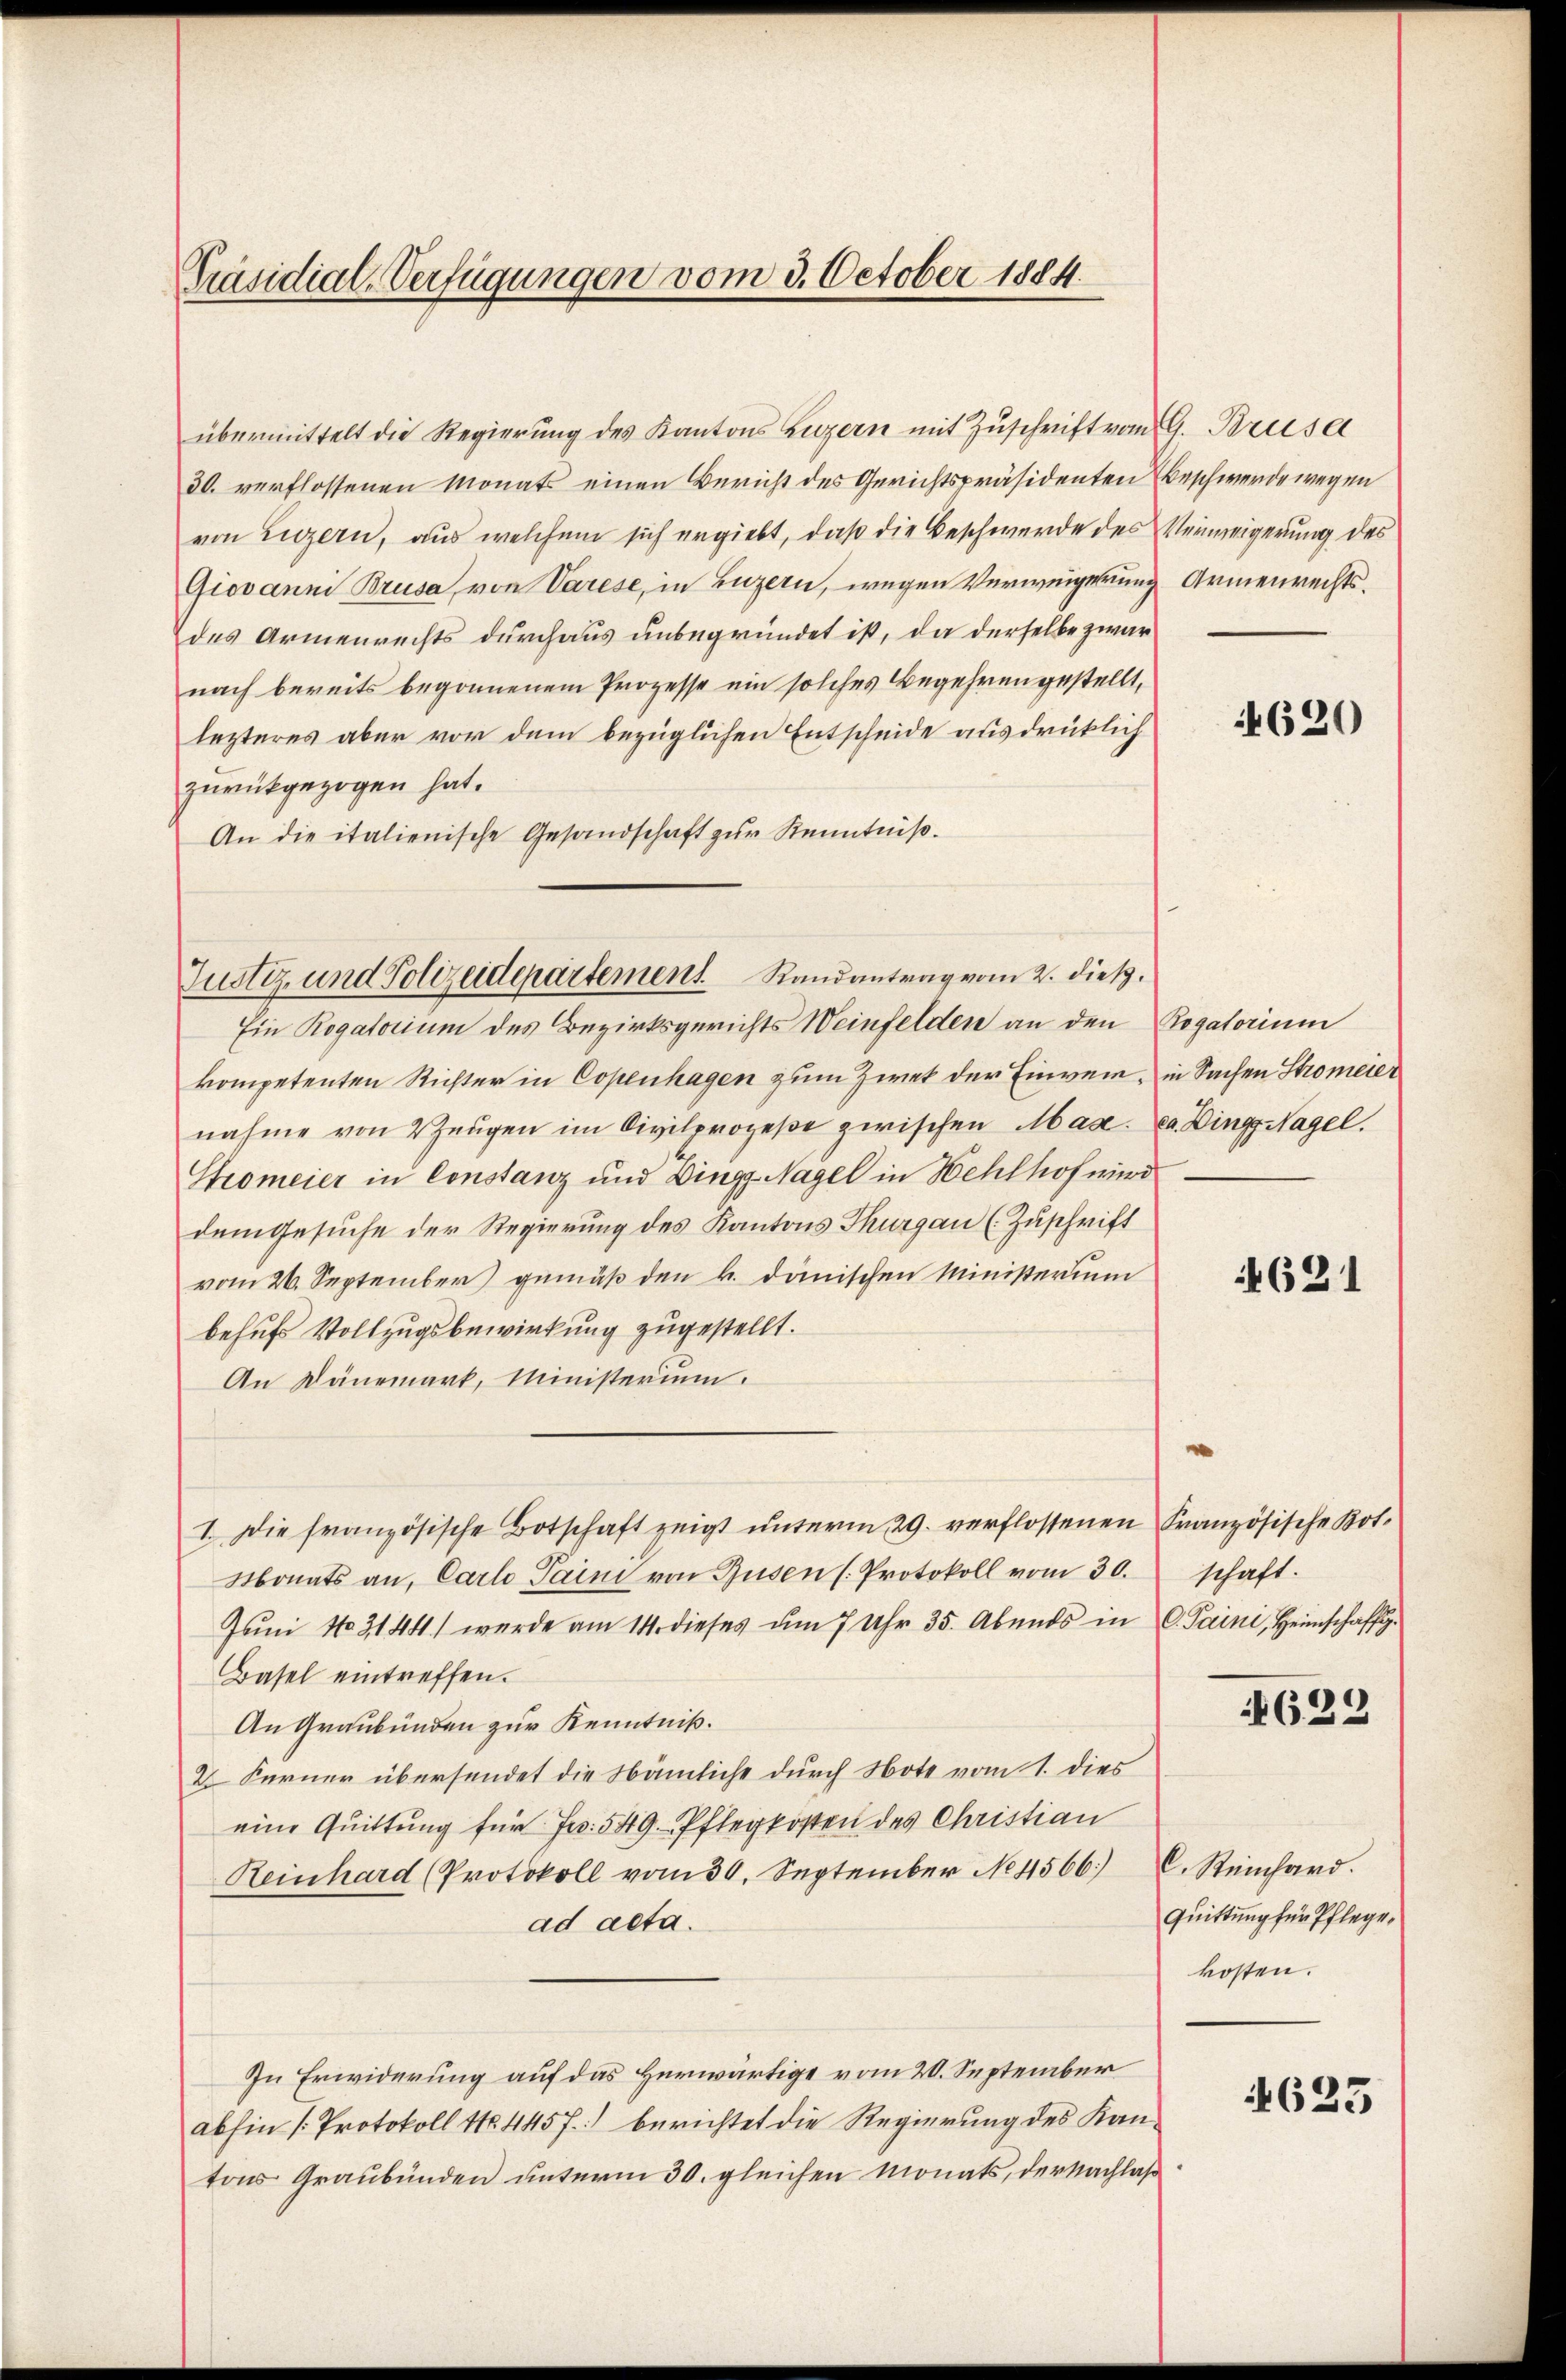
Präsidial-Verfügungen vom 3. October 1884.

übermittelt die Regierŭng des Kantons Luzern mit Zŭschrift vom 9. Brusa
30. verflossenen Monats einen Bericht des Gerichtspräsidenten Beschwerde wegen
von Luzern, aus welchem sich ergiebt, daß die Beschwerde des Verweigerung des
Giovanni Brusa, von Varese, in Luzern, wegen Verweigerung
des Armenrechts durchaus unbegründet ist, da derselbe zwar
nach bereits begonnenem Prozesse ein solches Begehren gestellt,
lezteres aber vor dem bezüglichen Entscheide ausdrücklich
zurückgezogen hat.
An die italienische Gesandschaft zŭr Kenntniß.

Justiz- und Polizeidepartement Randantrag vom 2. dieß.

Ein Rogatorium des Bezirksgerichts Weinfelden an den Rogatorium
kompetenten Richter in Copenhagen zum Zwek der Einwein, in Sachen Stromeier
nahme von Zeŭgen im Civilprozeße zwischen Mad. ca. Dings Nagel.
Stromeier in Constanz und Dings-Nagel in Wehlhof wird
dem Gesuche der Regierung des Kantons Thurgau (Zuschrift
vom 26. September gemäß den k. dänischen Ministerium
behufs Vollzugsbewirkung zugestellt.
An Dänemark, Ministerium.
I. Die französische Botschaft zeigt ŭnterm 29. verflossenen Französische Bot.
Monats an, Carlo Paini von Busen (Protokoll vom 30.
Jŭni No 3144) werde am 14. dieses um 7 Uhr 35. Abends in C. Saini, Heimschaffig
Basel eintreffen.
An Graubünden zur Kenntniß.
2. Ferner übersendet die Nämliche durch Note vom 1. dies
eine Quittung für Jes. 549. Pflegkosten des Christian
Reinhard (Protokoll vom 30. September No 1566) C. Reinhard.
ad acta.
In Erwiderung auf das Herwärtige vom 20. September
abhin [Protokoll No 445 f.) berichtet die Regierung des Kantons Graubünden unterm 30. gleichen Monats, der Nachlaß¬

Armenrechts.

4620

621

schaft.

4622

quittung für Pflege,
kosten.

623